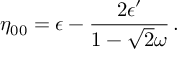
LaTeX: \eta _ { \SS 0 0 } = \epsilon - \frac { 2 \epsilon ^ { \prime } } { 1 - \sqrt { 2 } \omega } \, .